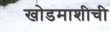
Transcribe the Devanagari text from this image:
खोडमाशीची